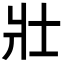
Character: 壯